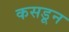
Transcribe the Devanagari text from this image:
कसडून